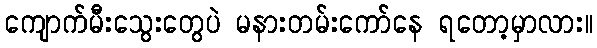
ကျောက်မီးသွေးတွေပဲ မနားတမ်းကော်နေ ရတော့မှာလား။